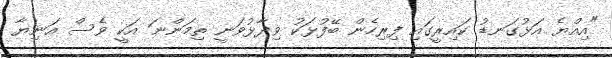
"އިއްޔެ އަޅުގަނޑު ކައިރީގައި ފިރިހެން ބޭފުޅަކު ވިދާޅުވަނީ ތިމަންނަ އަކީ ވެސް އަނިޔާ